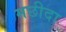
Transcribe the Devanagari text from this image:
मछीदा